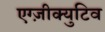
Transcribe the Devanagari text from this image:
एग्ज़ीक्युटिव